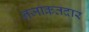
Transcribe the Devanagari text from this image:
नजाकतदार